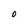
Character: O